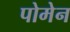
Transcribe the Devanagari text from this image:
पोमेन